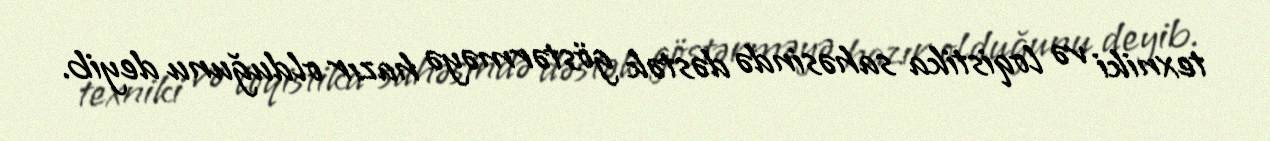
texniki və loqistika sahəsində dəstək göstərməyə hazır olduğunu deyib.